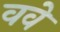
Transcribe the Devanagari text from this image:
ववे